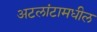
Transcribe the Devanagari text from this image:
अटलांटामधील